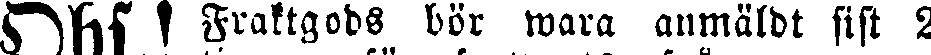
Obs! Fraktgods bör wara anmäldt sist 2